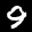
Label: 9